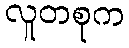
လူတစုက